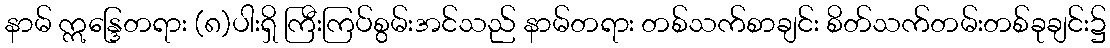
နာမ် ဣန္ဒြေတရား (၈)ပါးရှိ ကြီးကြပ်စွမ်းအင်သည် နာမ်တရား တစ်သက်စာချင်း စိတ်သက်တမ်းတစ်ခုချင်း၌